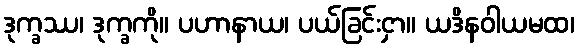
ဒုက္ခဿ၊ ဒုက္ခကို။ ပဟာနာယ၊ ပယ်ခြင်းငှာ။ ယဒိနဝါယမထ၊